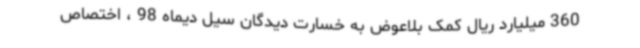
360 میلیارد ریال کمک بلاعوض به خسارت دیدگان سیل دیماه 98 ، اختصاص